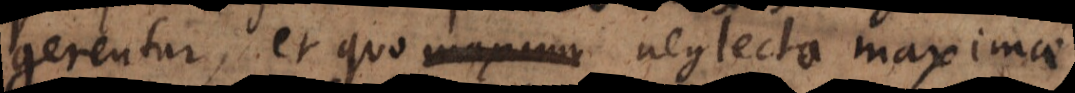
gerentur, et quo neglecto maximae